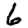
Digit: 6